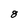
Character: 8